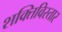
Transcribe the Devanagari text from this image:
शक्तिविस्तार